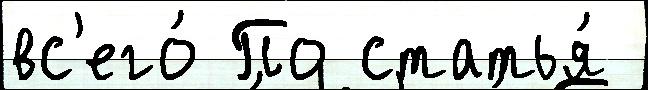
вс'его́ По статья́